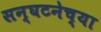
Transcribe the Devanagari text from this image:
सन्घटनेच्या